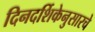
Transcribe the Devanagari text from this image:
दिनदर्शिकेनुसारचे